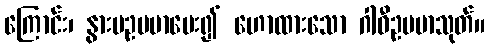
ကြောင်း၊ နွားမဥပမာပေး၍ ဟောထားသော ဂါဝီဥပမာသုတ်။